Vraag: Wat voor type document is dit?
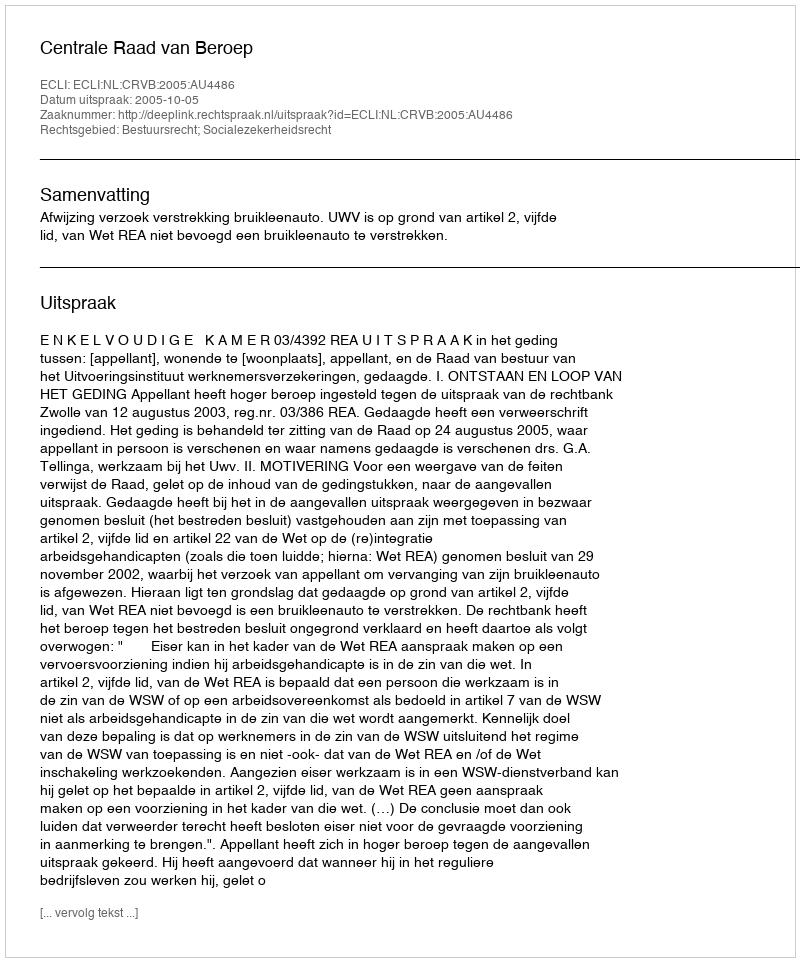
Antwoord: Uitspraak